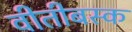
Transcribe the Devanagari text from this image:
वीतीबस्क